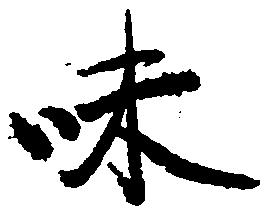
味